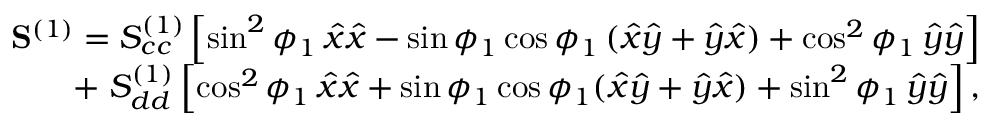
\begin{array} { r } { \mathbf { S } ^ { ( 1 ) } = S _ { c c } ^ { ( 1 ) } \left[ \sin ^ { 2 } \phi _ { 1 } \, \hat { x } \hat { x } - \sin \phi _ { 1 } \cos \phi _ { 1 } \, ( \hat { x } \hat { y } + \hat { y } \hat { x } ) + \cos ^ { 2 } \phi _ { 1 } \, \hat { y } \hat { y } \right] } \\ { + \; S _ { d d } ^ { ( 1 ) } \left[ \cos ^ { 2 } \phi _ { 1 } \, \hat { x } \hat { x } + \sin \phi _ { 1 } \cos \phi _ { 1 } ( \hat { x } \hat { y } + \hat { y } \hat { x } ) + \sin ^ { 2 } \phi _ { 1 } \, \hat { y } \hat { y } \right] , } \end{array}